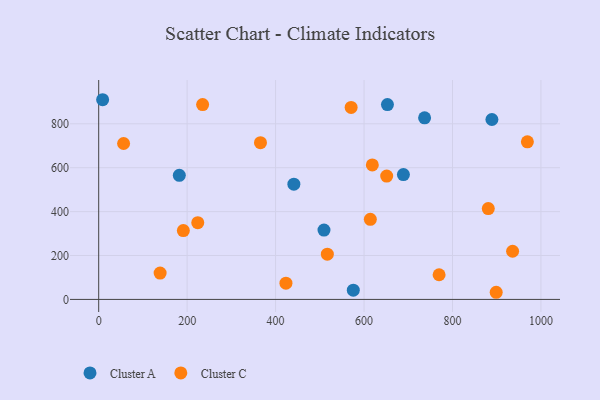
{"axis": {"x": "Investment", "y": "Profit"}, "legend": ["Cluster A", "Cluster C"], "data": [{"x": "689.0", "y": 568.6, "type": "Cluster A"}, {"x": "441.3", "y": 525.1, "type": "Cluster A"}, {"x": "8.9", "y": 909.8, "type": "Cluster A"}, {"x": "182.3", "y": 565.4, "type": "Cluster A"}, {"x": "736.9", "y": 827.2, "type": "Cluster A"}, {"x": "509.4", "y": 316.0, "type": "Cluster A"}, {"x": "575.7", "y": 41.9, "type": "Cluster A"}, {"x": "889.1", "y": 819.6, "type": "Cluster A"}, {"x": "652.9", "y": 887.7, "type": "Cluster A"}, {"x": "235.0", "y": 887.6, "type": "Cluster C"}, {"x": "423.4", "y": 74.1, "type": "Cluster C"}, {"x": "769.7", "y": 112.4, "type": "Cluster C"}, {"x": "969.3", "y": 717.9, "type": "Cluster C"}, {"x": "935.9", "y": 219.5, "type": "Cluster C"}, {"x": "138.9", "y": 120.1, "type": "Cluster C"}, {"x": "224.0", "y": 349.6, "type": "Cluster C"}, {"x": "365.8", "y": 714.3, "type": "Cluster C"}, {"x": "898.8", "y": 32.5, "type": "Cluster C"}, {"x": "614.2", "y": 364.8, "type": "Cluster C"}, {"x": "880.9", "y": 413.7, "type": "Cluster C"}, {"x": "570.8", "y": 874.5, "type": "Cluster C"}, {"x": "651.2", "y": 561.9, "type": "Cluster C"}, {"x": "618.7", "y": 612.8, "type": "Cluster C"}, {"x": "56.3", "y": 710.3, "type": "Cluster C"}, {"x": "191.4", "y": 313.7, "type": "Cluster C"}, {"x": "517.0", "y": 206.3, "type": "Cluster C"}]}